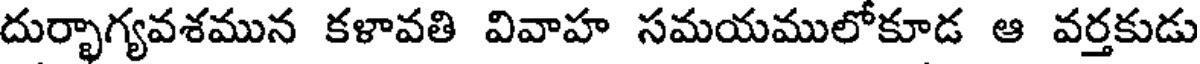
దుర్భాగ్యవశమున కళావతి వివాహ సమయములోకూడ ఆ వర్తకుడు